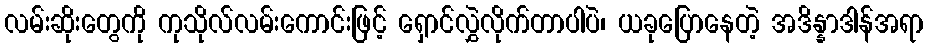
လမ်းဆိုးတွေကို ကုသိုလ်လမ်းကောင်းဖြင့် ရှောင်လွှဲလိုက်တာပါပဲ၊ ယခုပြောနေတဲ့ အဒိန္နာဒါန်အရာ